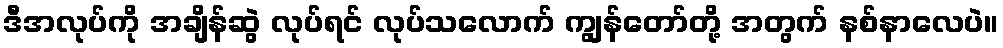
ဒီအလုပ်ကို အချိန်ဆွဲ လုပ်ရင် လုပ်သလောက် ကျွန်တော်တို့ အတွက် နစ်နာလေပဲ။